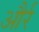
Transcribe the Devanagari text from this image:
और्र